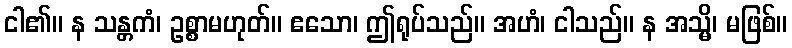
ငါ၏။ န သန္တကံ၊ ဥစ္စာမဟုတ်။ ဧသော၊ ဤရုပ်သည်။ အဟံ၊ ငါသည်။ န အသ္မိ၊ မဖြစ်။